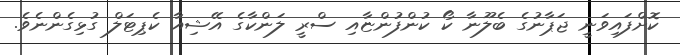
ކޮށްފައިވަނީ ޖަޕާނުގެ ބެލޫނާ ކޯ ކުންފުންޏާއި ސްރީ ލަންކާގެ އޭޝިއާ ކެޕިޓަލް ގުޅިގެންނެވެ.